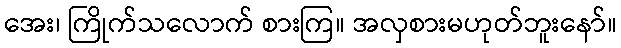
အေး၊ ကြိုက်သလောက် စားကြ။ အလှစားမဟုတ်ဘူးနော်။